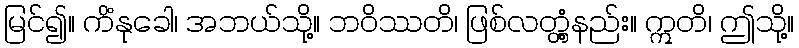
မြင်၍။ ကိံနုခေါ၊ အဘယ်သို့။ ဘဝိဿတိ၊ ဖြစ်လတ္တံ့နည်း။ ဣတိ၊ ဤသို့။